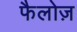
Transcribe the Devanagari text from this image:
फैलोज़